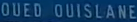
OUED OUISLANE